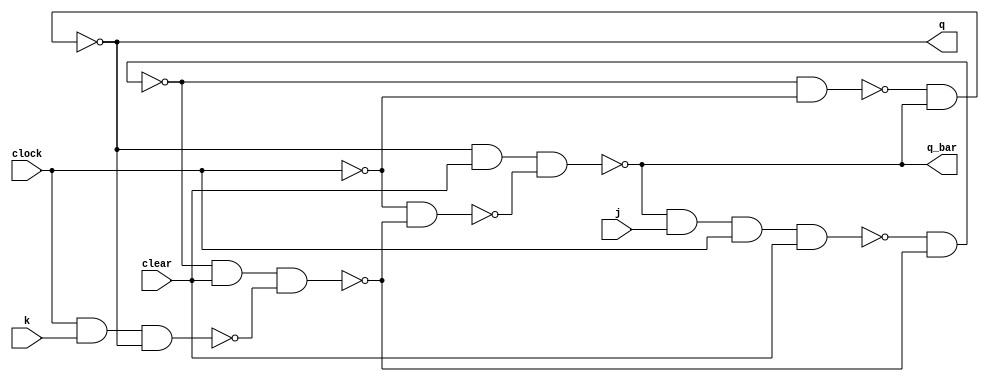
module jk_flipflop(q, q_bar, j, k, clock, clear);
    input j, k, clock, clear;
    output q, q_bar;

    wire cbar, a, b, y, ybar, c, d;

    not(cbar, clock);
    nand(a, q_bar, j, clock, clear);
    nand(b, clock, k, q);
    nand(y, a, ybar);
    nand(ybar, y, clear, b);
    nand(c, y, cbar);
    nand(d, cbar, ybar);
    nand(q, c, q_bar);
    nand(q_bar, q, clear, d);
endmodule

module synchronous_4_bit_counter(q, clock, clear);
    input clock, clear;
    output [3:0] q;

    wire [3:0] j;
    wire [3:0] k;
    wire [3:0] q_bar;
    wire and_not_q123;
    wire and_not_q1_23;
    wire and_not_q13;
    wire and_q12;
    wire and_not_q12;
    wire and_q23;
    wire and_q03;
    wire and_not_q013;
    wire and_not_q3_01;
    wire and_not_q1_03;
    wire and_not_q012;
    wire and_not_q2_01;
    wire and_not_q0_12;
    wire and_not_q12_3;

    // -------------------------0---------------------------
    and(and_not_q123, q_bar[1], q_bar[2], q_bar[3]);
    and(and_not_q1_23, q_bar[1], q[2], q[3]);
    or(j[0], and_not_q123, and_not_q1_23);

    and(and_not_q13, q_bar[1], q_bar[3]);
    and(and_q12, q[1], q[2]);
    and(and_not_q12, q_bar[1], q_bar[2]);
    or(k[0], and_not_q13, and_q12, and_not_q12);
    // ------------------------------------------------------

    // -------------------------1---------------------------
    and(and_q23, q[2], q[3]);
    and(and_q03, q[0], q[3]);
    or(j[1], and_q23, and_q03);

    or(k[1], q_bar[0], q[2], q[3]);
    // ------------------------------------------------------

    // -------------------------2---------------------------
    and(and_not_q013, q_bar[0], q_bar[1], q_bar[3]);
    and(and_not_q3_01, q_bar[3], q[0], q[1]);
    and(and_not_q1_03, q_bar[1], q[0], q[3]);
    or(j[2], and_not_q013, and_not_q3_01, and_not_q1_03);

    or(k[2], q[3], q_bar[1], q[0]);
    // ----------------------------------------------------

    // -----------------------3-----------------------------
    and(and_not_q012, q_bar[0], q_bar[1], q_bar[2]);
    and(and_not_q2_01, q_bar[2], q[0], q[1]);
    and(and_not_q0_12, q_bar[0], q[1], q[2]);
    or(j[3], and_not_q012, and_not_q2_01, and_not_q0_12);

    and(and_not_q12_3, q_bar[1], q_bar[2], q[3]);
    or(k[3], q_bar[0], and_not_q12_3, and_q12);
    // ----------------------------------------------------

    jk_flipflop jk0(q[0], q_bar[0], j[0], k[0], clock, clear);
    jk_flipflop jk1(q[1], q_bar[1], j[1], k[1], clock, clear);
    jk_flipflop jk2(q[2], q_bar[2], j[2], k[2], clock, clear);
    jk_flipflop jk3(q[3], q_bar[3], j[3], k[3], clock, clear);
endmodule